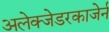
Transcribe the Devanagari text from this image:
अलेक्जेडरकाजेर्न